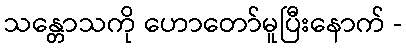
သန္တောသကို ဟောတော်မူပြီးနောက် -